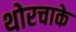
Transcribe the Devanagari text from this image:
थोरचाके